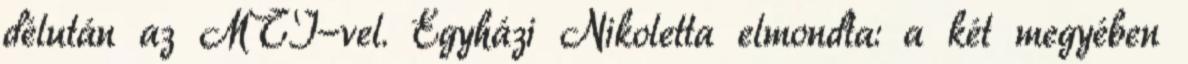
délután az MTI-vel. Egyházi Nikoletta elmondta: a két megyében